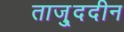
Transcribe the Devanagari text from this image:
ताजु्ददीन